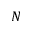
N